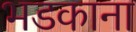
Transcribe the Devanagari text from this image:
भडकाना